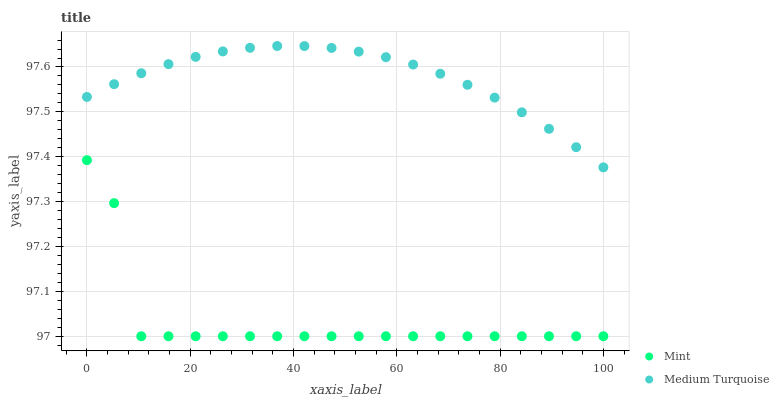
| xaxis_label | Mint | Medium Turquoise |
 | --- | --- | --- |
 | 0 | 97.4 | 97.5 |
 | 5.26 | 97.3 | 97.6 |
 | 10.5 | 97 | 97.6 |
 | 15.8 | 97 | 97.6 |
 | 21.1 | 97 | 97.6 |
 | 26.3 | 97 | 97.6 |
 | 31.6 | 97 | 97.6 |
 | 36.8 | 97 | 97.6 |
 | 42.1 | 97 | 97.6 |
 | 47.4 | 97 | 97.6 |
 | 52.6 | 97 | 97.6 |
 | 57.9 | 97 | 97.6 |
 | 63.2 | 97 | 97.6 |
 | 68.4 | 97 | 97.6 |
 | 73.7 | 97 | 97.6 |
 | 78.9 | 97 | 97.5 |
 | 84.2 | 97 | 97.5 |
 | 89.5 | 97 | 97.5 |
 | 94.7 | 97 | 97.4 |
 | 100 | 97 | 97.4 |